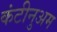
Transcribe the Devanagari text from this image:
कंटीनुअम